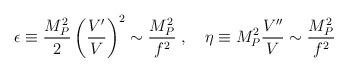
LaTeX: \begin{align*}\epsilon \equiv \frac{M_P^2}{2}\left(\frac{V'}{V}\right)^2 \sim\frac{M_P^2}{f^2} \;, \quad \eta \equiv M_P^2 \frac{V''}{V} \sim\frac{M_P^2}{f^2}\end{align*}